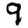
Digit: 9